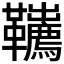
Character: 𩎇